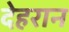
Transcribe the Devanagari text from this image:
देहरान